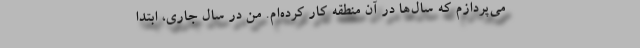
می‌پردازم که سال‌ها در آن منطقه کار کرده‌ام. من در سال جاری، ابتدا